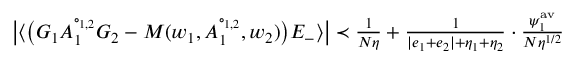
\begin{array} { r } { \big \vert \langle \big ( G _ { 1 } A _ { 1 } ^ { \circ _ { 1 , 2 } } G _ { 2 } - M ( w _ { 1 } , A _ { 1 } ^ { \circ _ { 1 , 2 } } , w _ { 2 } ) \big ) E _ { - } \rangle \big \vert \prec \frac { 1 } { N \eta } + \frac { 1 } { | e _ { 1 } + e _ { 2 } | + \eta _ { 1 } + \eta _ { 2 } } \cdot \frac { \psi _ { 1 } ^ { \mathrm { a v } } } { N \eta ^ { 1 / 2 } } } \end{array}